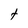
Character: t